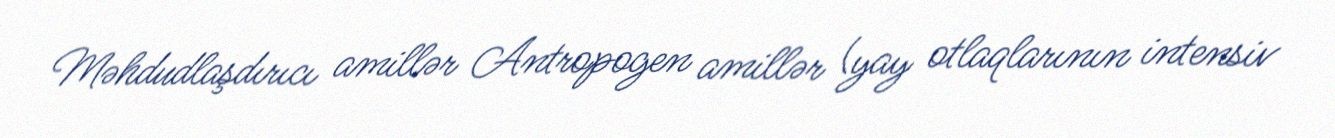
Məhdudlaşdırıcı amillər Antropogen amillər (yay otlaqlarının intensiv